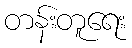
တန်းတူရေး